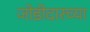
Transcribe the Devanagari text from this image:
जोडीदारच्या